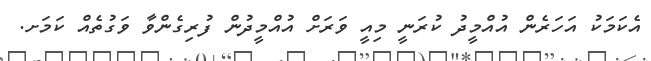
އެކަމަކު އަހަރެން އުއްމީދު ކުރަނީ މިއީ ވަރަށް އުއްމީދުން ފުރިގެންވާ ވަގުތެއް ކަމަށ.